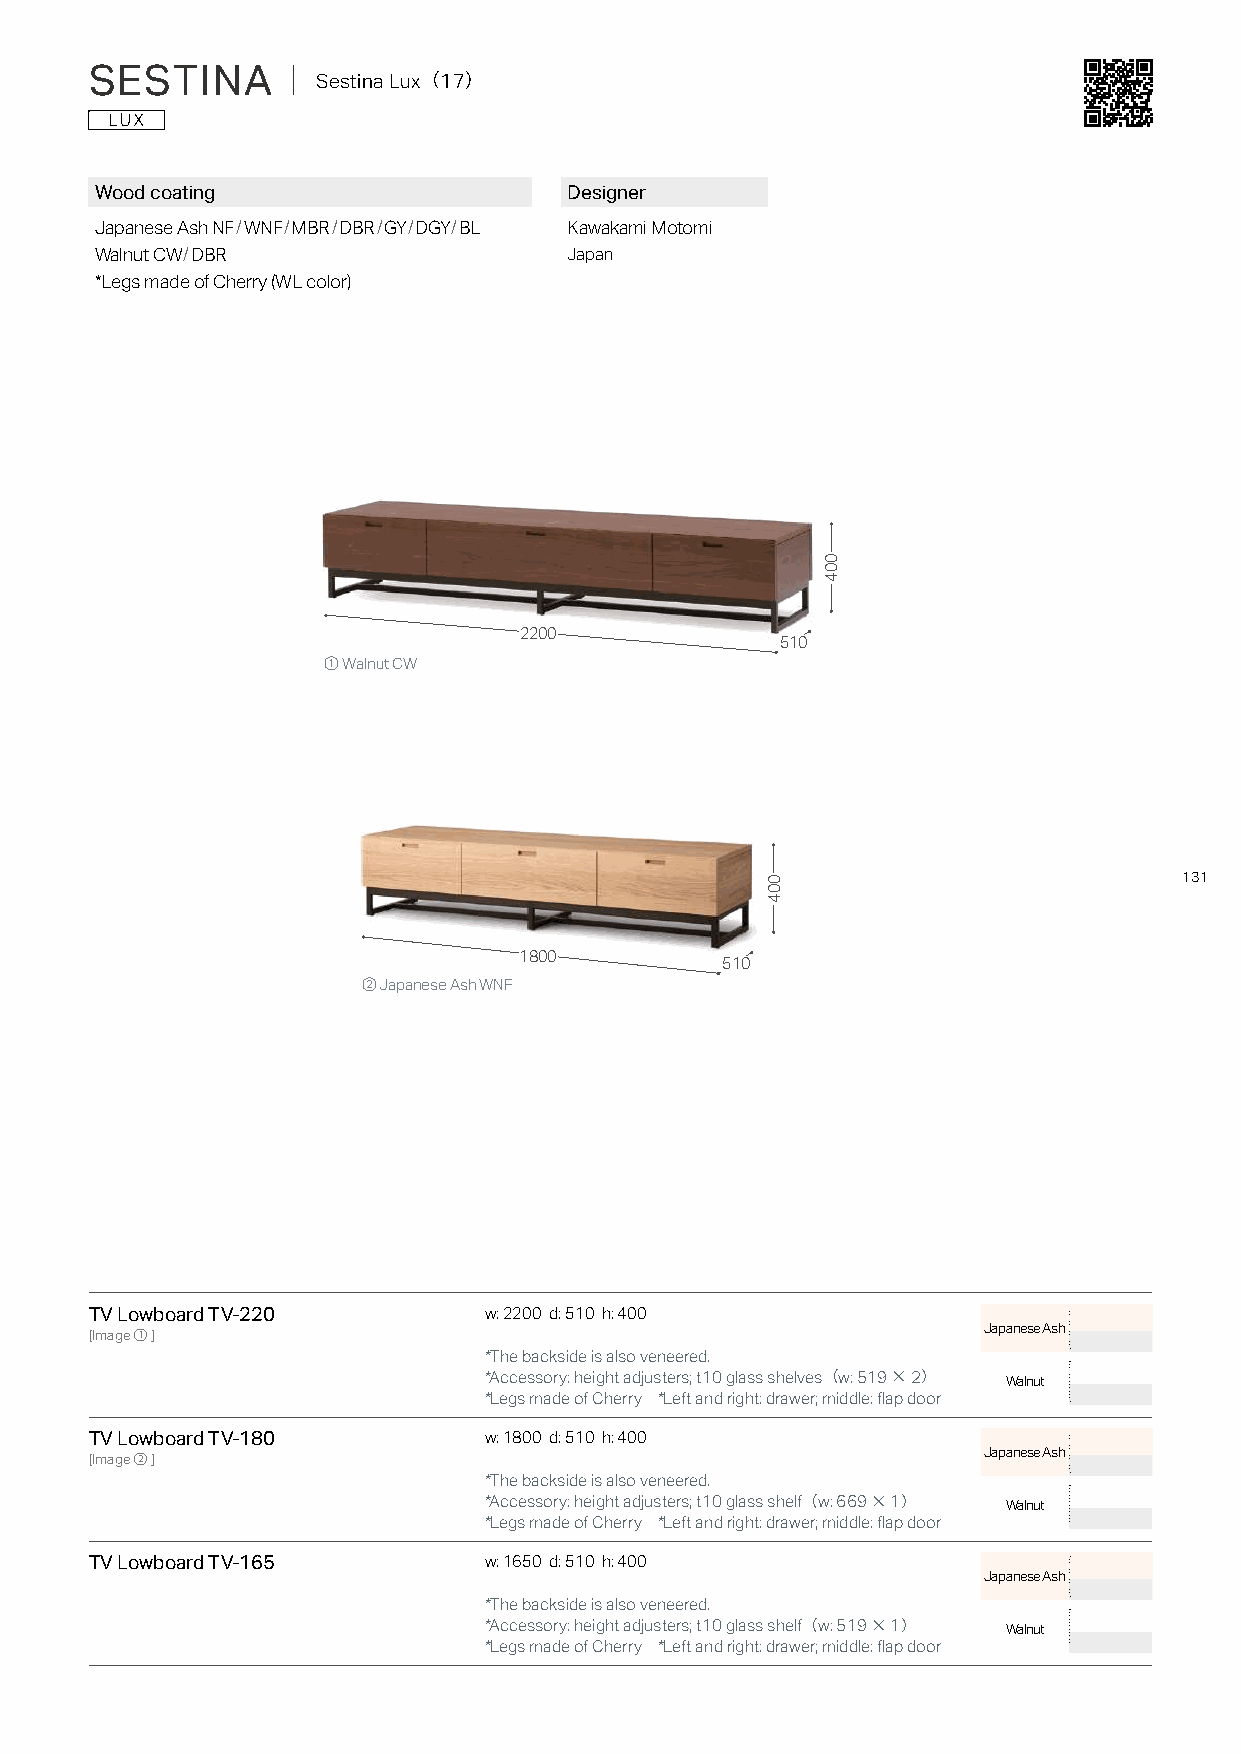
SESTINA      ｜ Sestina Lux（17）
 Wood coating                    Designer
 Japanese Ash NF/WNF/MBR/DBR/GY/DGY/BL Kawakami Motomi
 Walnut CW/DBR                   Japan
 *Legs made of Cherry (WL color)
 2200
 510
 ① Walnut CW
 131
 1800
 510
 ② Japanese Ash WNF
 TV Lowboard TV-220        w: 2200 d: 510 h: 400
 Japanese Ash
 [Image①]
 *The backside is also veneered.
 *Accessory: height adjusters; t10 glass shelves（w: 519×2） Walnut
 *Legs made of Cherry *Left and right: drawer; middle: flap door
 TV Lowboard TV-180        w: 1800 d: 510 h: 400
 Japanese Ash
 [Image②]
 *The backside is also veneered.
 *Accessory: height adjusters; t10 glass shelf（w: 669×1） Walnut
 *Legs made of Cherry *Left and right: drawer; middle: flap door
 TV Lowboard TV-165        w: 1650 d: 510 h: 400
 Japanese Ash
 *The backside is also veneered.
 *Accessory: height adjusters; t10 glass shelf（w: 519×1） Walnut
 *Legs made of Cherry *Left and right: drawer; middle: flap door
 004
 004